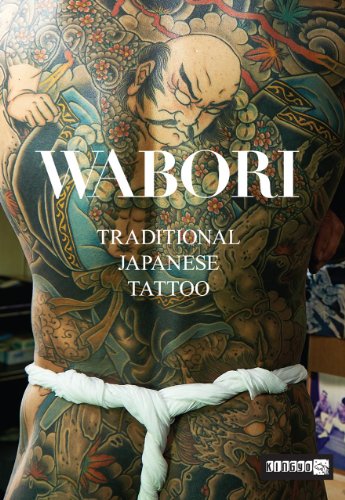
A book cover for Wabori, Traditional Japanese Tattoo: Classic Japanese tattoos from the masters.; Manami Okazaki; Arts & Photography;